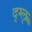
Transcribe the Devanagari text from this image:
द्ग्ल्